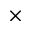
\times